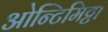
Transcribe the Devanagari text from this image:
ओन्टिमिट्टा